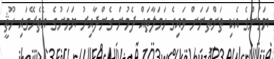
ޔަމަންގެ އެކި ތަންތަނަށް ވައިގެ ހަމަލާތައް ދެމުން ގެންދާއިރު ޔަމަނުގެ އެތެރޭގައި ހޫޘީ